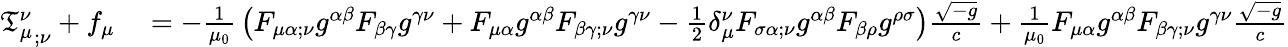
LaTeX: \begin{array}{rl}{{{\mathfrak{T}}_{\mu}^{\nu}}_{;\nu}+f_{\mu}}&{{}=-{\frac{1}{\mu_{0}}}\left(F_{\mu\alpha;\nu}g^{\alpha\beta}F_{\beta\gamma}g^{\gamma\nu}+F_{\mu\alpha}g^{\alpha\beta}F_{\beta\gamma;\nu}g^{\gamma\nu}-{\frac{1}{2}}\delta_{\mu}^{\nu}F_{\sigma\alpha;\nu}g^{\alpha\beta}F_{\beta\rho}g^{\rho\sigma}\right){\frac{\sqrt{-g}}{c}}+{\frac{1}{\mu_{0}}}F_{\mu\alpha}g^{\alpha\beta}F_{\beta\gamma;\nu}g^{\gamma\nu}{\frac{\sqrt{-g}}{c}}}\end{array}